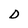
Character: D